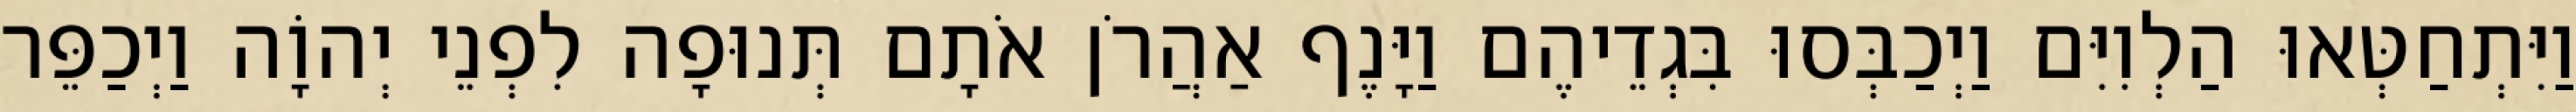
וַיִּתְחַטְּאוּ הַלְוִיִּם וַיְכַבְּסוּ בִּגְדֵיהֶם וַיָּנֶף אַהֲרֹן אֹתָם תְּנוּפָה לִפְנֵי יְהוָֹה וַיְכַפֵּר